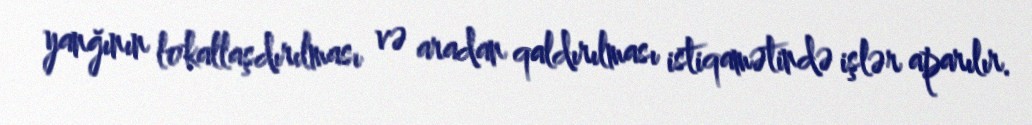
yanğının lokallaşdırılması və aradan qaldırılması istiqamətində işlər aparılır.